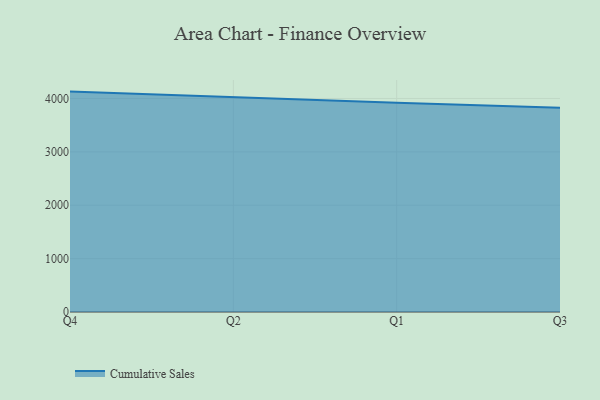
{"axis": {"x": "Quarter", "y": "Tickets Resolved"}, "legend": ["Cumulative Sales"], "data": [{"x": "Q4", "y": 4128.9, "type": "Cumulative Sales"}, {"x": "Q2", "y": 4018.1, "type": "Cumulative Sales"}, {"x": "Q1", "y": 3919.3, "type": "Cumulative Sales"}, {"x": "Q3", "y": 3826.7, "type": "Cumulative Sales"}]}